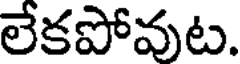
లేకపోవుట.